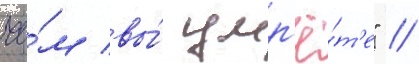
че́м вы́ умр'ё́т'е" //